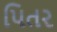
પિતર